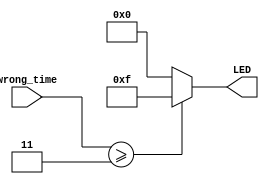
`timescale 1ns / 1ps
//////////////////////////////////////////////////////////////////////////////////
// Company: 
// Engineer: 
// 
// Design Name: 
// Module Name:    display_LED_fail 
// Project Name: 
// Target Devices: 
// Tool versions: 
// Description: 
//
// Dependencies: 
//
// Revision: 
// Revision 0.01 - File Created
// Additional Comments: 
//
//////////////////////////////////////////////////////////////////////////////////
module display_LED_fail(wrong_time,LED);  //
  input wire [2:0]wrong_time; 
  output reg [3:0]LED;
  
  always @(wrong_time)
    if(wrong_time>=3) LED<=4'b1111;
	 else LED<=4'b0000;


endmodule